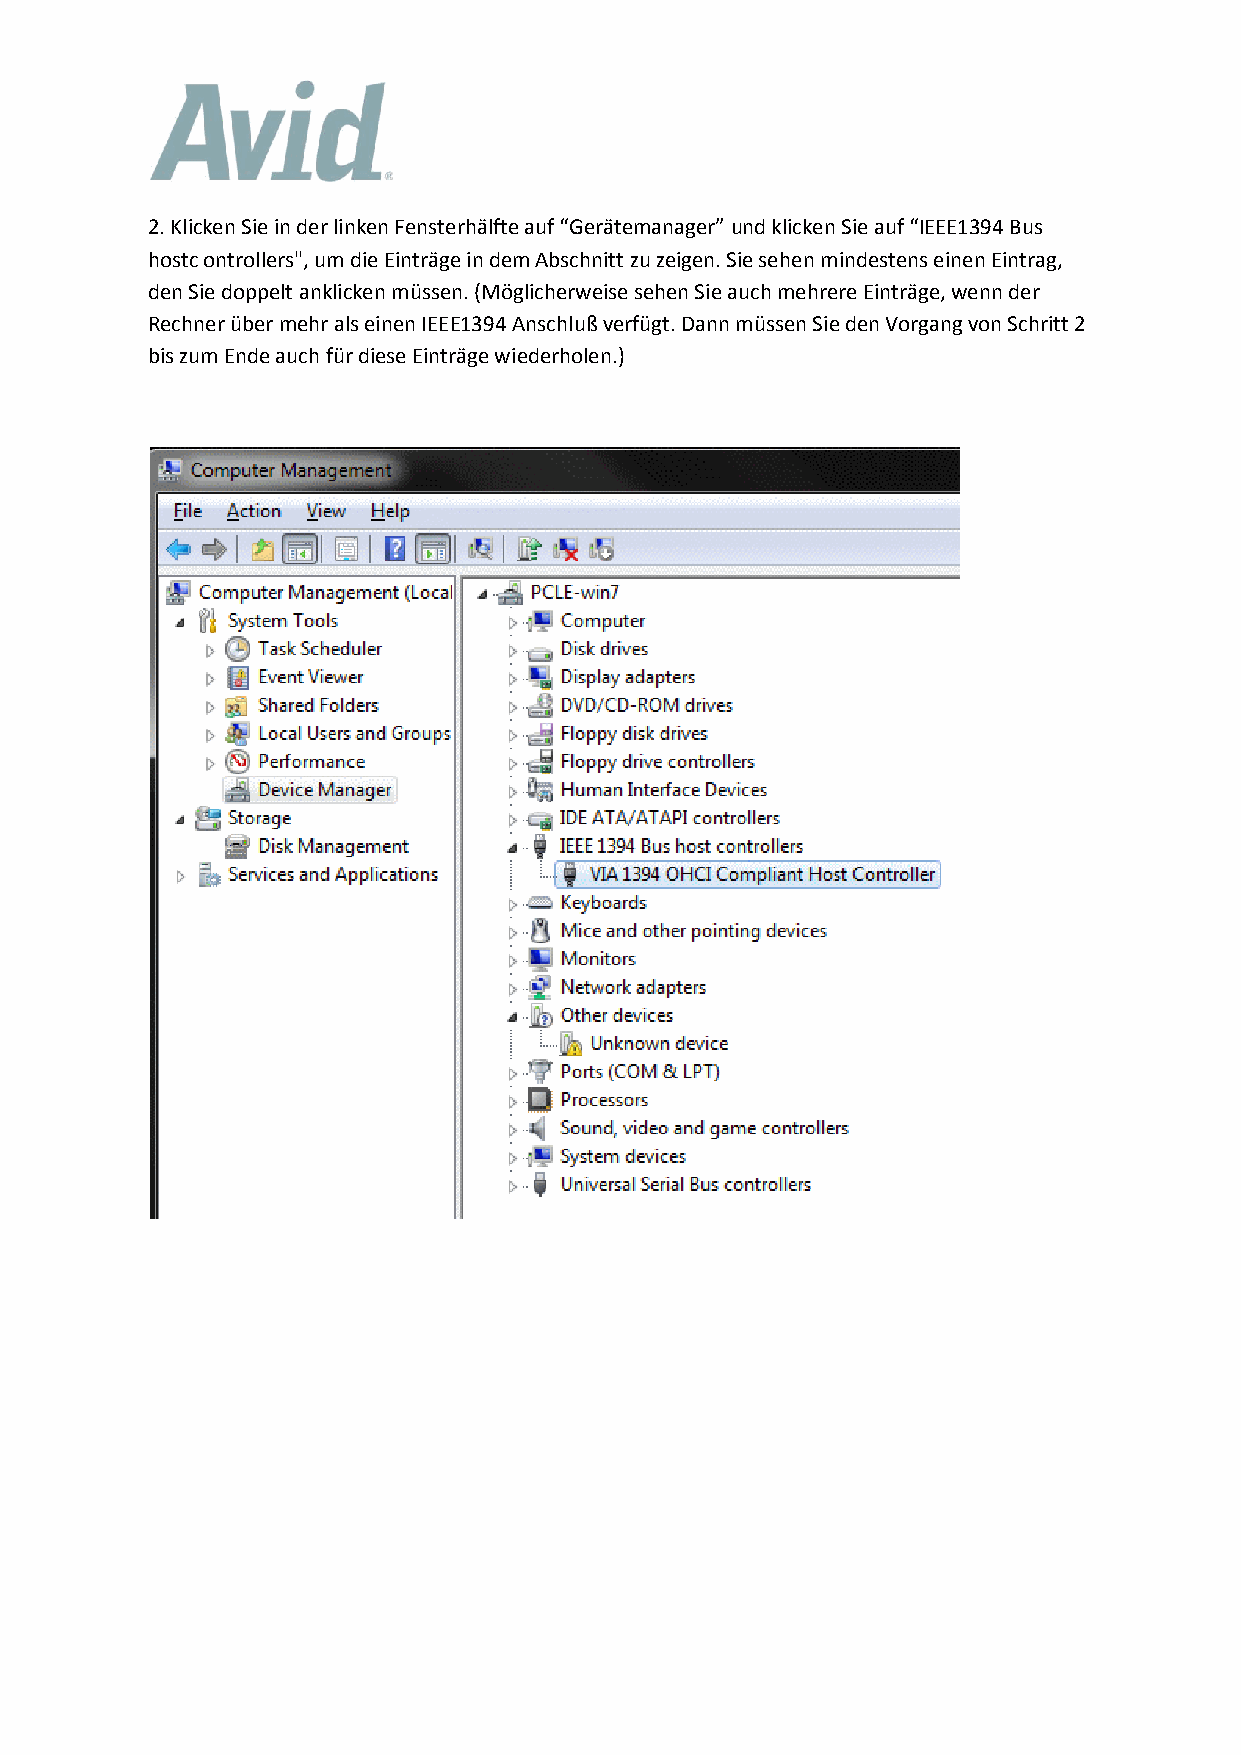
2. Klicken Sie in der linken Fensterhälfte auf “Gerätemanager” und klicken Sie auf “IEEE1394 Bus
 hostc ontrollers", um die Einträge in dem Abschnitt zu zeigen. Sie sehen mindestens einen Eintrag,
 den Sie doppelt anklicken müssen. (Möglicherweise sehen Sie auch mehrere Einträge, wenn der
 Rechner über mehr als einen IEEE1394 Anschluß verfügt. Dann müssen Sie den Vorgang von Schritt 2
 bis zum Ende auch für diese Einträge wiederholen.)